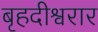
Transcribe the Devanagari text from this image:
बृहदीश्वरार